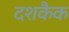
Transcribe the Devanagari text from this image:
दशकैक